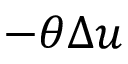
- \theta \Delta u